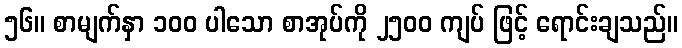
၅၆။ စာမျက်နှာ ၁၀၀ ပါသော စာအုပ်ကို ၂၅၀၀ ကျပ် ဖြင့် ရောင်းချသည်။